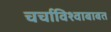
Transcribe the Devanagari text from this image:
चर्चाविश्वाबाबत